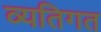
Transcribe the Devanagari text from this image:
व्‍यतिगत